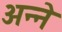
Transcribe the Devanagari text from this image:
अन्ने